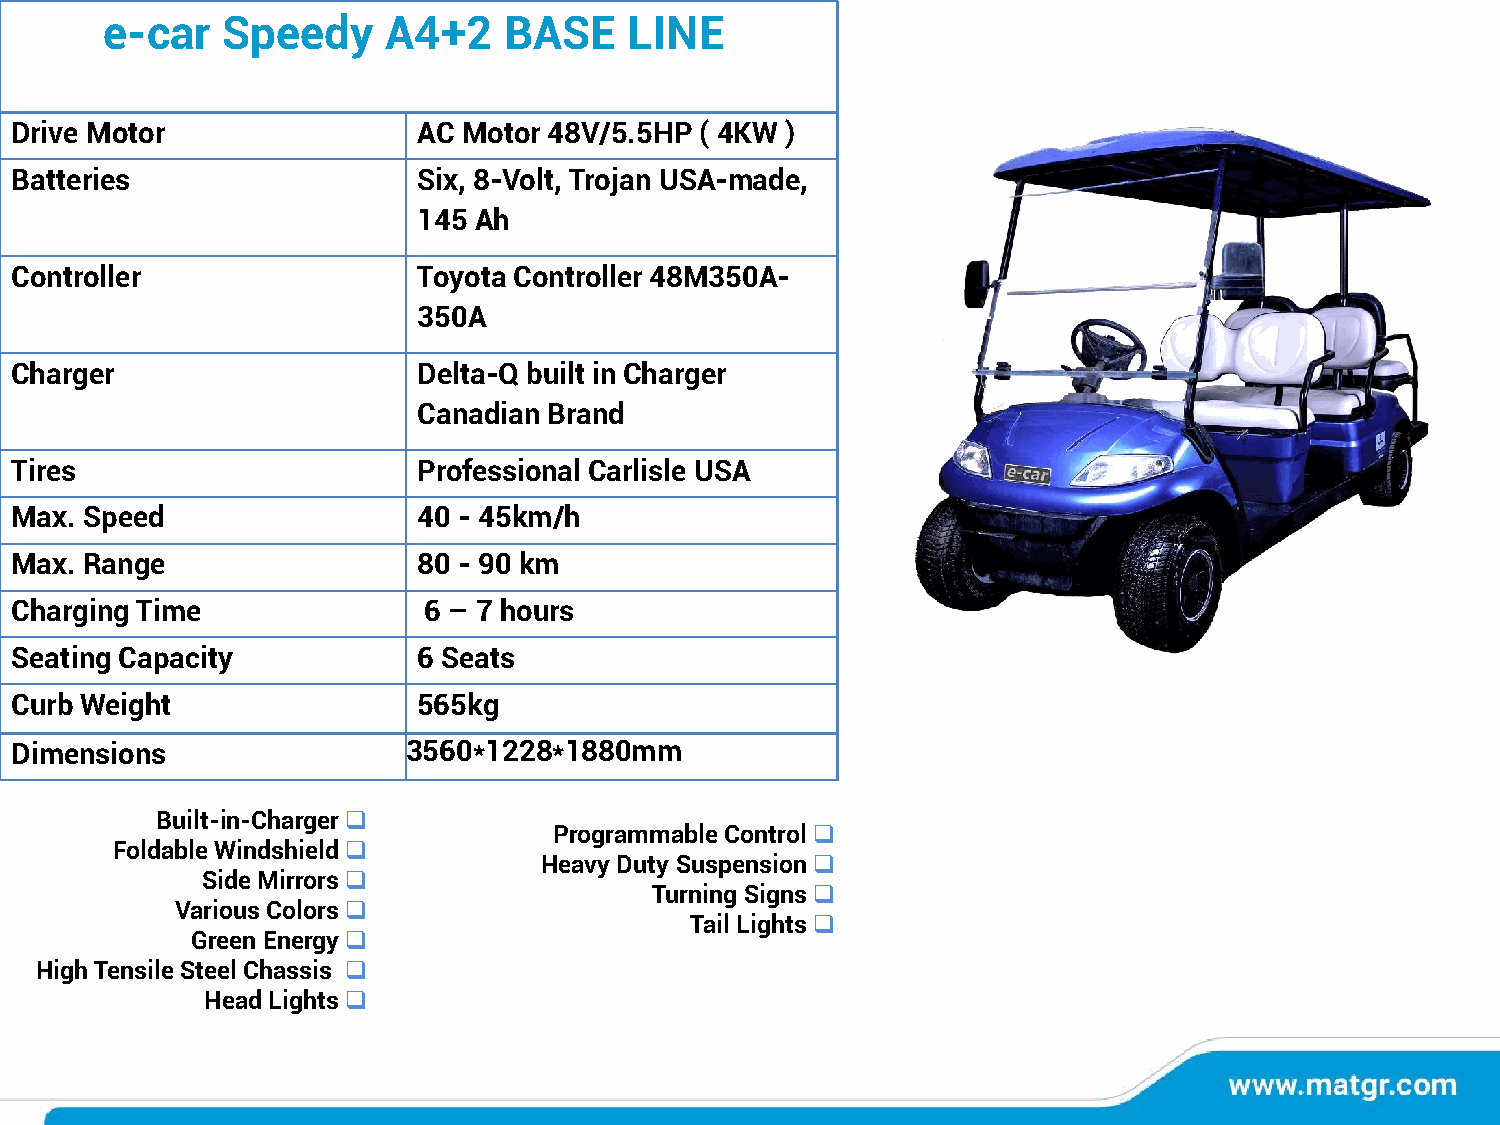
e-car   Speedy     A4+2   BASE     LINE
 Drive Motor                AC Motor 48V/5.5HP ( 4KW )
 Batteries                  Six, 8-Volt, Trojan USA-made,
 145 Ah
 Controller                 Toyota Controller 48M350A-
 350A
 Charger                    Delta-Q built in Charger
 Canadian Brand
 Tires                      Professional Carlisle USA
 Max. Speed                 40 - 45km/h
 Max. Range                 80 - 90 km
 Charging Time              6 – 7 hours
 Seating Capacity           6 Seats
 Curb Weight                565kg
 Dimensions                3560*1228*1880mm
 Built-in-Charger❑
 Programmable Control❑
 Foldable Windshield❑
 Heavy Duty Suspension❑
 Side Mirrors❑
 Turning Signs❑
 Various Colors❑
 Tail Lights❑
 Green Energy❑
 High Tensile Steel Chassis ❑
 Head Lights❑